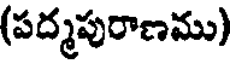
(పద్మపురాణము)